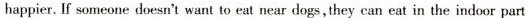
happier. If someone doesn't want to eat near dogs,they can eat in the indoor part